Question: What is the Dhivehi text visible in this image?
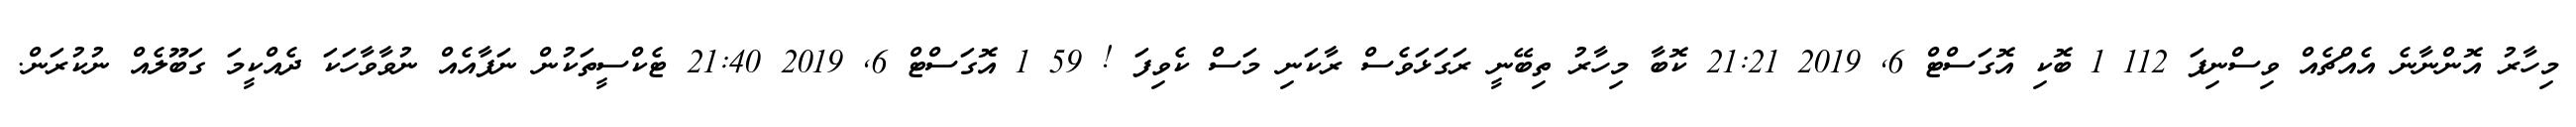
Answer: މިހާރު އޮންނާނެ އެއްޗެއް ވިސްނިފަ 112 1 ބޮކި އޮގަސްޓް 6, 2019 21:21 ކޮބާ މިހާރު ތިބޭނީ ރަގަޅަވެސް ރާކަނި މަސް ކެވިފަ ! 59 1 އޮގަސްޓް 6, 2019 21:40 ޓެކްސީތަކުން ނަފާއެއް ނުވާވާހަކަ ދެއްކީމަ ގަބޫލެއް ނުކުރަން.